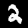
Label: 2